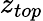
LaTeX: z_{top}